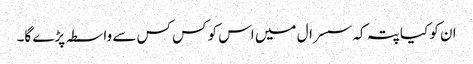
ان کو کیا پتہ کہ سسرال میں اس کو کس کس سے واسطہ پڑے گا۔